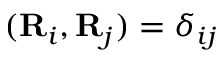
( { \bf R } _ { i } , { \bf R } _ { j } ) = \delta _ { i j }